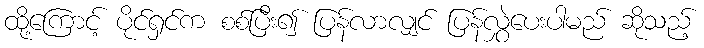
ထို့ကြောင့် ပိုင်ရှင်က စစ်ပြီး၍ ပြန်လာလျှင် ပြန်လွှဲပေးပါမည် ဆိုသည့်